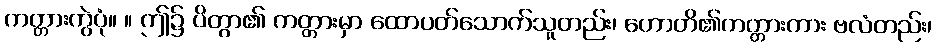
ကတ္တားကွဲပုံ။ ။ ဤ၌ ပိတွာ၏ ကတ္တားမှာ ထောပတ်သောက်သူတည်း၊ ဟောတိ၏ကတ္တားကား ဗလံတည်း၊